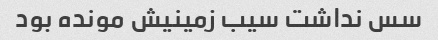
سس نداشت سیب زمینیش مونده بود